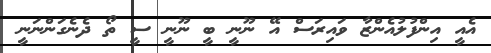
އެއީ އިންފުލުއެންޒާ ވައިރަސް އޭ ނޫނީ ބީ ނޫނީ ސީ ތޯ ދެނެގަންނަނީ